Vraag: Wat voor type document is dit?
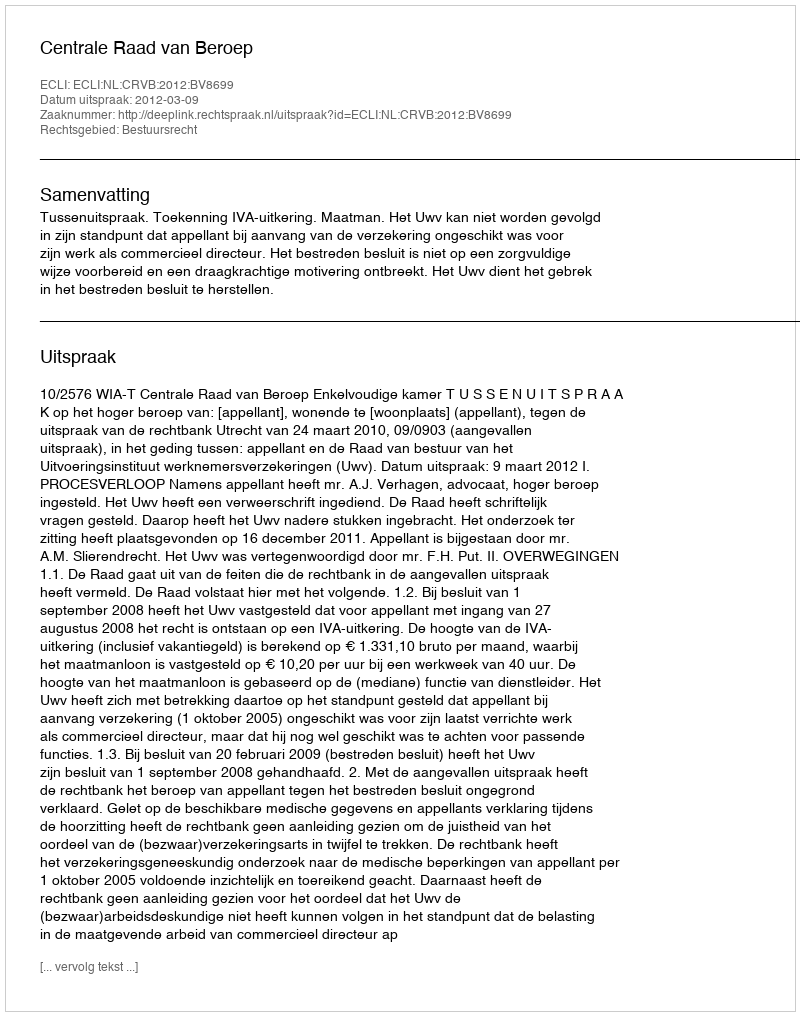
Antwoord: Uitspraak